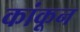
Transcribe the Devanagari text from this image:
कांकून